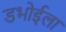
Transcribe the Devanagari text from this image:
डभोईला